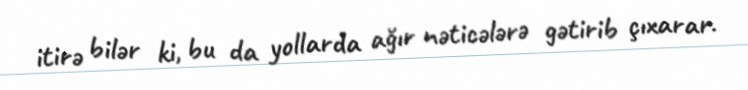
itirə bilər ki, bu da yollarda ağır nəticələrə gətirib çıxarar.